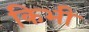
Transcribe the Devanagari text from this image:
किभी